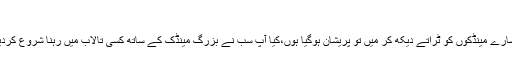
"
اتنے سارے مینڈکوں کو ٹراتے دیکھ کر میں تو پریشان ہوگیا ہوں،کیا آپ سب نے بزرگ مینڈک کے ساتھ کسی تالاب میں رہنا شروع کردیا ہے؟